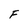
Character: F